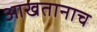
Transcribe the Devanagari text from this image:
आखतानाच